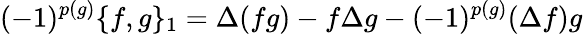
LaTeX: (-1)^{p(g)}\{ f,g\} _{1}=\Delta(fg)-f\Delta g-(-1)^{p(g)}(\Delta f)g